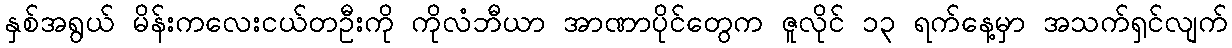
နှစ်အရွယ် မိန်းကလေးငယ်တဦးကို ကိုလံဘီယာ အာဏာပိုင်တွေက ဇူလိုင် ၁၃ ရက်နေ့မှာ အသက်ရှင်လျက်